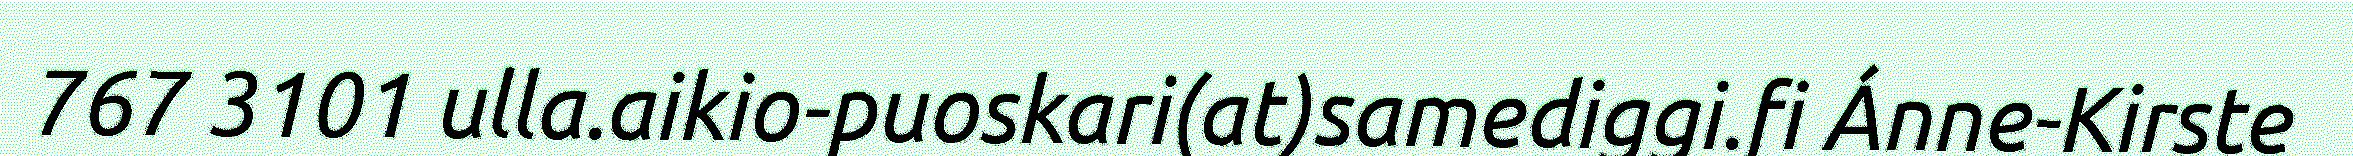
767 3101 ulla.aikio-puoskari(at)samediggi.fi Ánne-Kirste